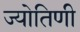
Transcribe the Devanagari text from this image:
ज्योतिणी